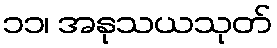
၁၁၊ အနုသယသုတ်